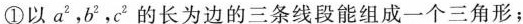
① 以a^2,b^2,c^2的长为边的三条选段能组成一个三角形；